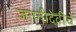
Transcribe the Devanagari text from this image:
जननीदेवीचे